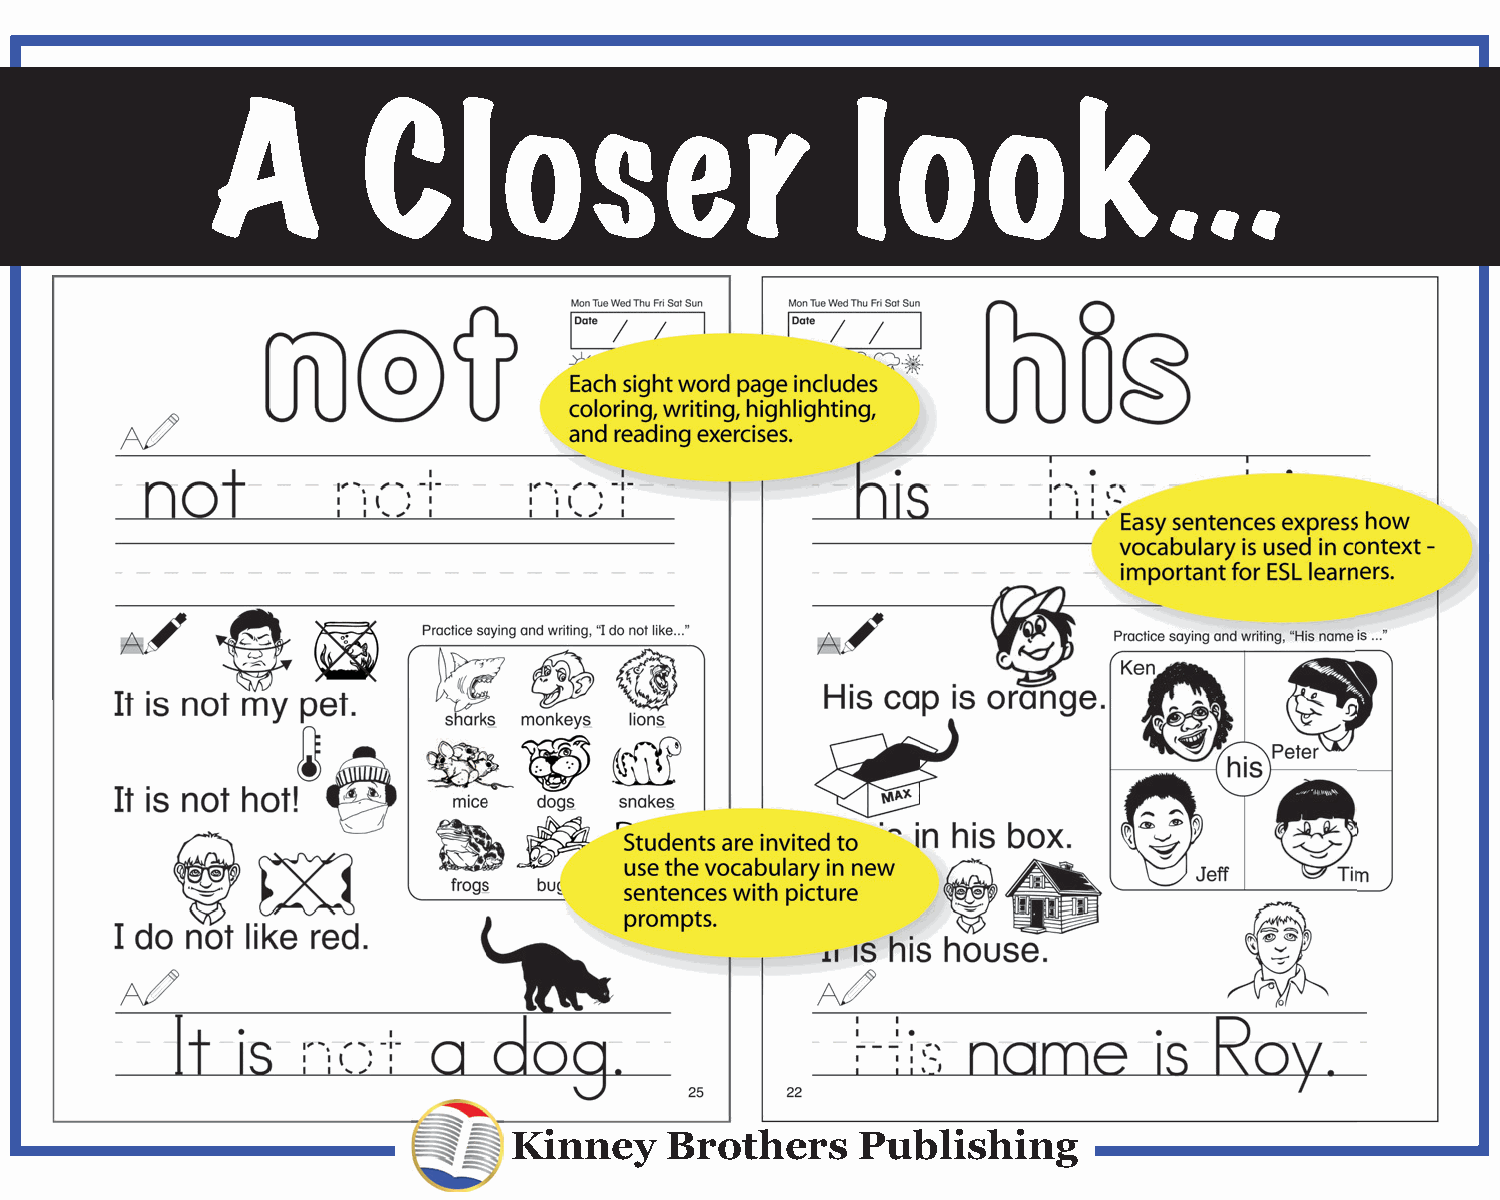
A         Clo            ser              lo       o     k     .  .  .
 Kinney    Brothers     Publishing